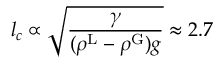
l _ { c } \propto \sqrt { \frac { \gamma } { ( \rho ^ { \mathrm { L } } - \rho ^ { \mathrm { G } } ) g } } \approx 2 . 7